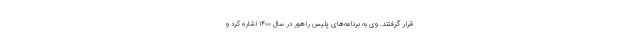
قرار گرفتند. وی به برنامه‌های پلیس راهور در سال ۱۴۰۰ اشاره کرد و